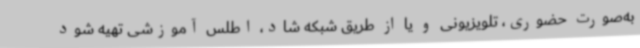
به‌صورت حضوری، تلویزیونی و یا از طریق شبکه شاد، اطلس آموزشی تهیه شود